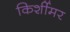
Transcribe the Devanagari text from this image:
किर्शीमर